Lunatic asylums United Provinces 1909-1921 - 1909-1921
Year: 1909
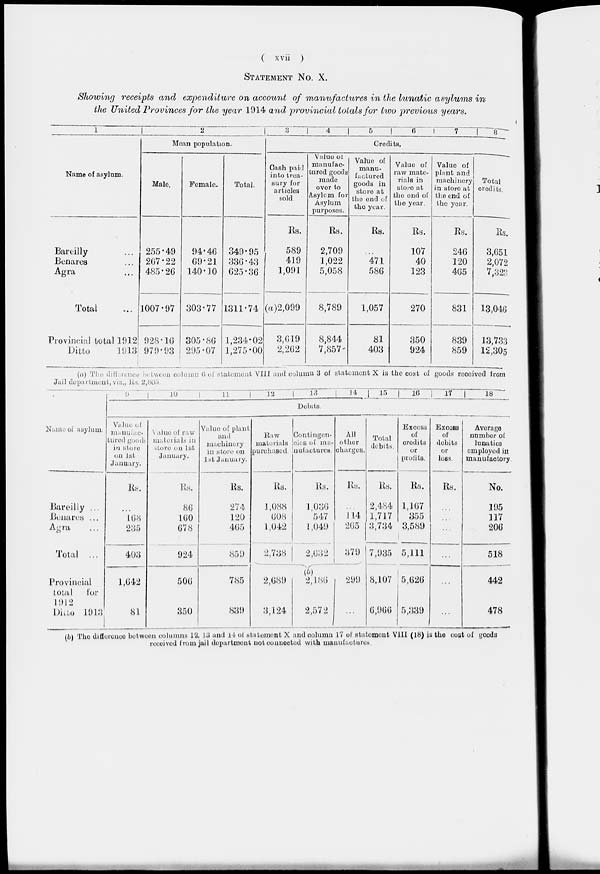
( xvii )
STATEMENT No. X.
Showing receipts and expenditure on account of manufactures in the lunatic asylums in
the United Provinces for the year 1914 and provincial totals for two previous years.
1
Name of asylum.
Bareilly ...
Benares ...
Agra ...
Total ...
Provincial total 1912
Ditto
1913
2
Moan population.
Male.
255.49
267.22
485.26
1007.97
928 .16
979.93
Females
94.46
69.21
140.10
303.77
305.86
295.07
Total.
349.95
336.43
625.36
1311.74
1,234.02
1,275.00
3
4
5
6
7
8
Credits.
Cash paid
into trea-
sury for
articles
sold.
Rs.
589
419
1,091
(a)2,099
3,619
2,262
Value of
manufac-
tured goods
made
over to
Asylum for
Asylum
purposes.
Rs.
2,709
1,022
5,058
8,789
8,844
7,857
Value of
manu-
factured
goods in
store at
the and of
the year.
Rs.
...
471
586
1,057
81
403
Value of
raw mate-
rials in
store at
the end of
the year.
Rs.
107
40
123
270
350
924
Value of
plant and
machinery
in store at
the end of
the year.
Rs.
246
120
465
831
839
859
Total
credits.
Rs.
3,651
2,072
7,323
13,046
13,733
12,305
(a) The difference between column 6 of statement VIII and column 3 of statement X is the cost of goods received from
Jail department, viz., Rs. 2,805.
Name of asylum.
Bareilly ...
Benares ...
Agra ...
Total ...
Provincial
total
for
1912
Ditto 1913
9
10
11
12
13
14
15
16
17
18
Debits.
Value of
manufac-
tured goods
in store
on 1st
January.
Rs.
...
168
235
403
1,642
81
Value of raw
materials in
store on 1st
January.
Rs.
86
160
678
924
506
350
Value of plant
and
machinery
in store on
1st January.
Rs.
274
120
465
859
785
839
Raw
materials
purchased.
Rs.
1,088
608
1,042
2,738
2,689
3,124
Contingen-
cies of ma-
nufactures.
Rs.
1,036
547
1,049
2,632
(b)
2,180
2,572
All
other
charges.
Rs.
...
114
265
379
299
...
Total
debits.
Rs.
2,484
1,717
3,734
7,935
8,107
6,966
Excess
of
credits
or
profits.
Rs.
1,167
355
3,589
5,111
5,626
5,339
Excess
of
debits
or
loss.
Rs.
...
...
...
...
...
...
Average
number of
lunatics
employed in
manufactory
No.
195
117
206
518
442
478
(b) The difference between columns 12, 13 and 14 of statement X and column 17 of statement VIII (18) is the cost of goods
received from jail department not connected with manufactures.